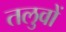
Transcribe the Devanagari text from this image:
तलुवों